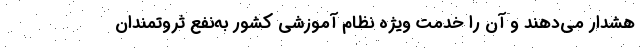
هشدار می‌دهند و آن را خدمت ویژه نظام آموزشی کشور به‌نفع ثروتمندان